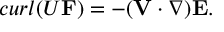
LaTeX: c u r l ( { \cal U } { \bf F } ) = - ( { \bf V } \cdot \nabla ) { \bf E } .